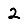
Digit: 2